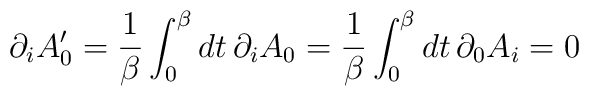
\partial_{i}A'_{0} = {1\over \beta}\int_{0}^{\beta}dt\,\partial_{i}A_{0} = {1\over \beta} \int_{0}^{\beta}dt\,\partial_{0}A_{i} = 0